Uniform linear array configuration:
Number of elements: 8
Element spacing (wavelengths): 0.5
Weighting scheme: hann
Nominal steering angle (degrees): -45
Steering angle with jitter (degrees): -46.725
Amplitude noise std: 0.05
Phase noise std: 0.05

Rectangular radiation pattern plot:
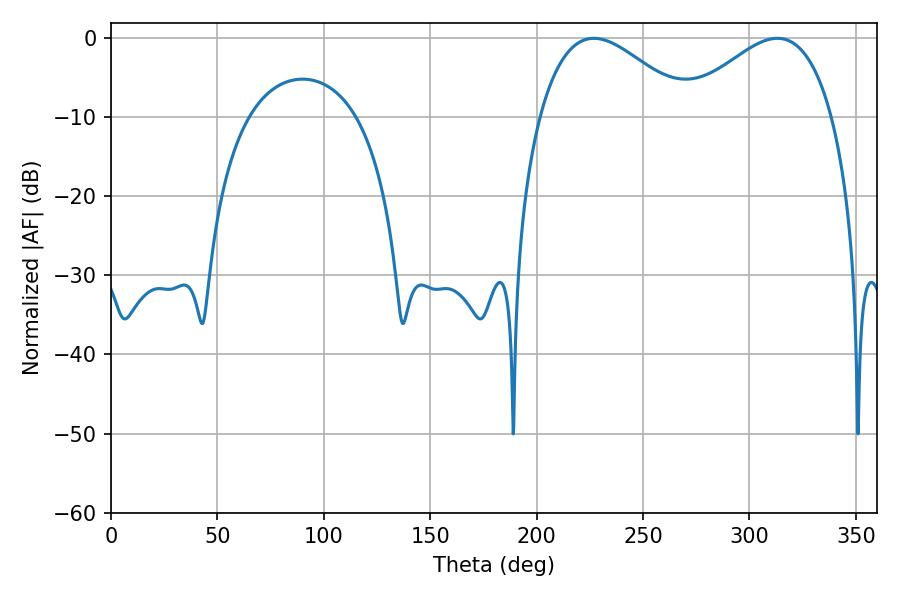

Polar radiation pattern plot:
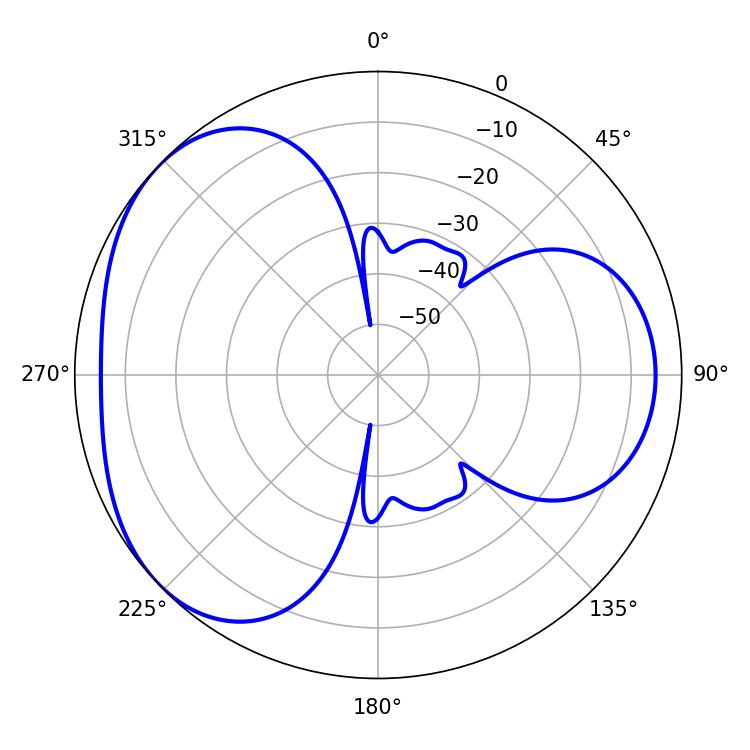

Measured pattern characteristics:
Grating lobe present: FALSE
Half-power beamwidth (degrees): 38.34
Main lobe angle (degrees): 226.8